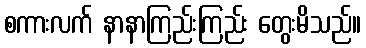
စကားလက် နာနာကြည်းကြည်း တွေးမိသည်။